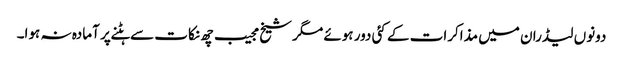
دونوں لیڈران میں مذاکرات کے کئی دور ہوئے مگر شیخ مجیب چھ نکات سے ہٹنے پر آمادہ نہ ہوا۔